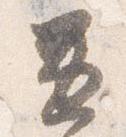
兼